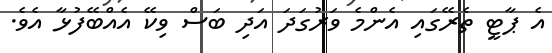
އެ ޕާޓީ ތެރޭގައި އެންމެ ވަރުގަދަ އަދި ބަސް ވިކޭ އެއްބޭފުޅާ އެވެ.